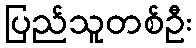
ပြည်သူတစ်ဦး